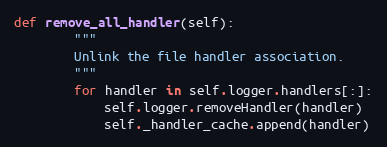
Language: Python
def remove_all_handler(self):
        """
        Unlink the file handler association.
        """
        for handler in self.logger.handlers[:]:
            self.logger.removeHandler(handler)
            self._handler_cache.append(handler)